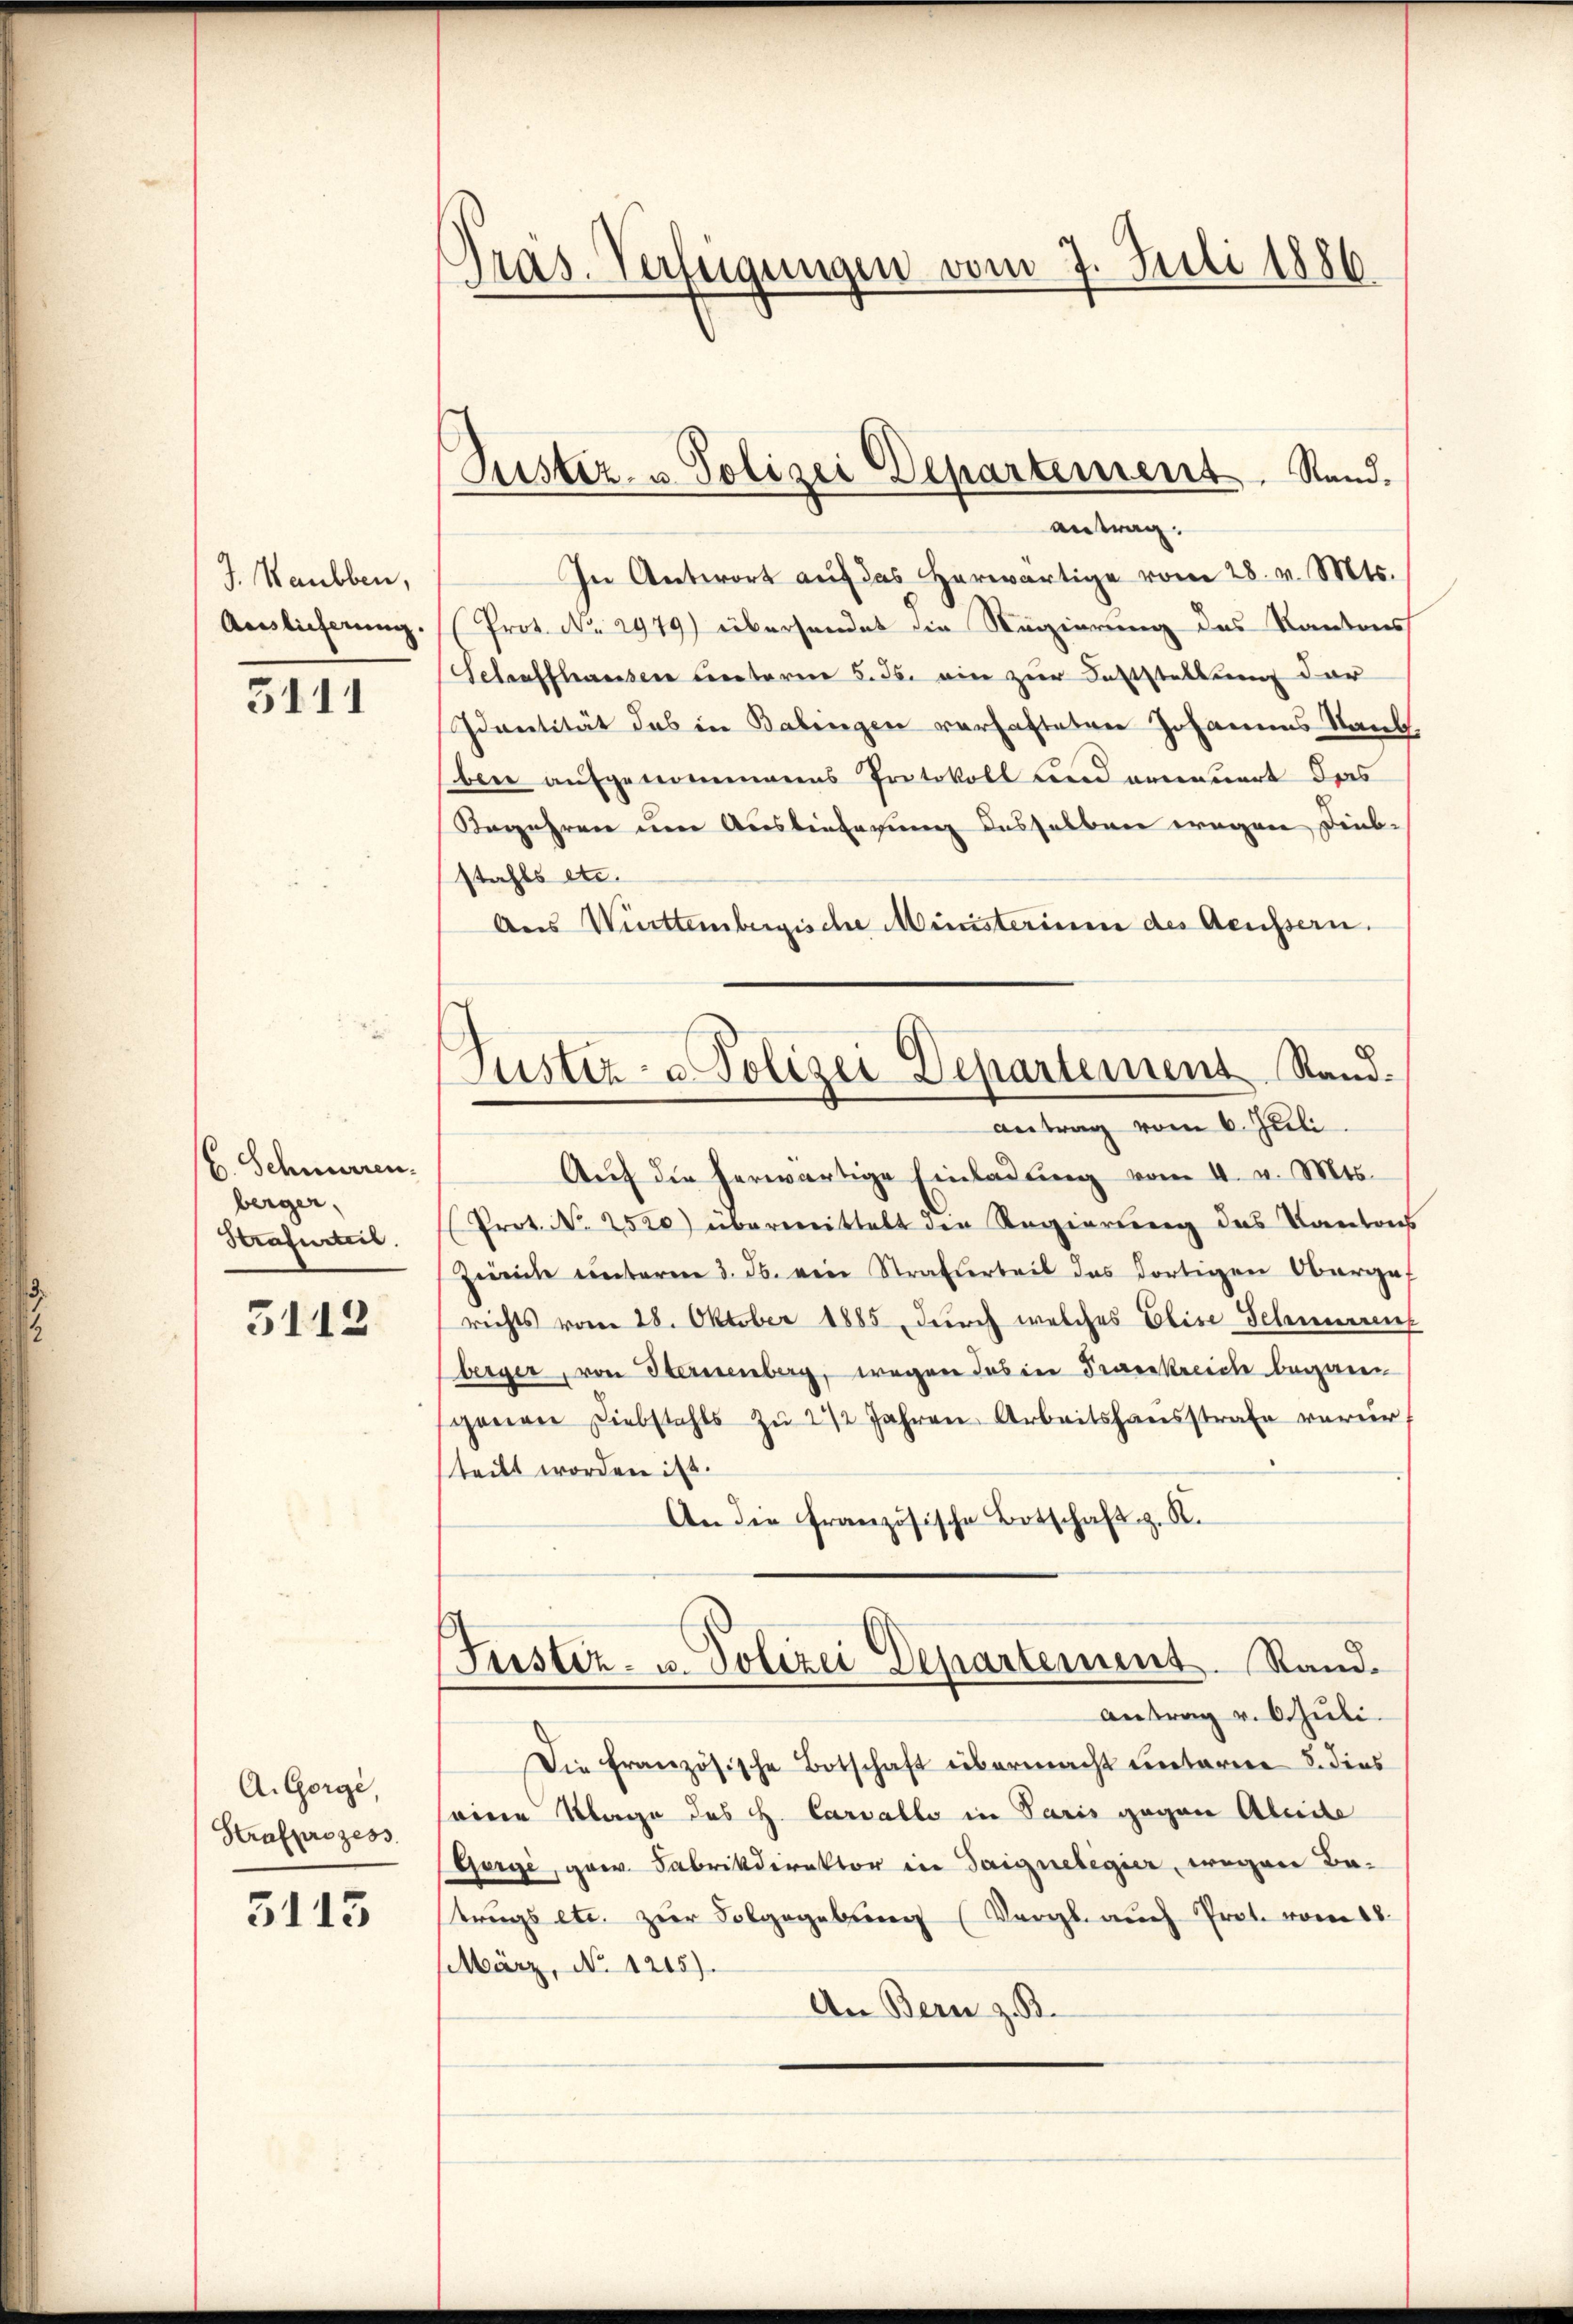
J. Haubben,
Auslieferung

3111

C. Schnerren.
berger,
Strafurteil.

5112

A. Gorgi,
Strafprozess

5113

Gras. Verfügungen vom 7. Juli 1886

Justiz- u. Polizei Departement. Stand.

8
Justiz- & Polizei Departement Ram-
antrag vom 6. Juli

antrag.
In Antwort auf das herwärtige vom 28. v. Mts.
Prot. No. 2979) übersendet die Regierung des Kantons
Selauffhausen unterm 5. 36. ein zur Feststellung der
Identität das in Balingen verhafteten Johannes Staub
ben aufgenommenes Protokoll und erneuert des
Begehren um Auslieferung desselben wegen Diebstahls etc.
Aus Württembergische Ministerium des Aeussern.
Aŭf die herwärtige Einladung vom 4. v. Mts.
Prot. Nr. 2520) überweittelt den Regierung des Kantons
Zürich unterm 3. ds. ein Straferteil das dortigen Obergef
richts vom 28. Oktober 1885 durch welches Elise Schienenf
berger, von Sternenberg, wegen das in Praenkreich begangenen Diebstahls zu 2 1/2 Jahren Arbeitshausstrafe verur
teilt worden ist.
An die französische Botschaft z. R.
Justiz- u. Polizei Departement. Stand.
Antrag v. Schuli
Die französische Botschaft übermacht unterre S. dies
seine Klage des H. Carvallo in Paris gegen Abreite
Gergi, gew. Fabrikdirektor in Saignelegier, wegen Betrags etc. zŭr Folgegebung (Vergl. auch Prot. vom 18.
März, No. 1215).
An Bern z. B.